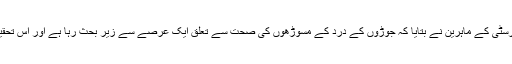
اس تحقیق کے بعد جان ہاپکنز یونیورسٹی کے ماہرین نے بتایا کہ جوڑوں کے درد کے مسوڑھوں کی صحت سے تعلق ایک عرصے سے زیرِ بحث رہا ہے اور اس تحقیق نے اس معمے کو حل کردیا ہے ۔